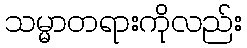
သမ္မာတရားကိုလည်း